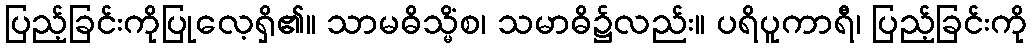
ပြည့်ခြင်းကိုပြုလေ့ရှိ၏။ သာမဓိသ္မိံစ၊ သမာဓိ၌လည်း။ ပရိပူကာရီ၊ ပြည့်ခြင်းကို